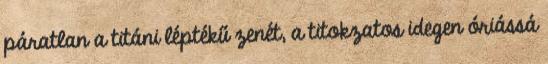
páratlan a titáni léptékű zenét, a titokzatos idegen óriássá